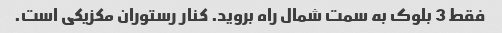
فقط 3 بلوک به سمت شمال راه بروید. کنار رستوران مکزیکی است.